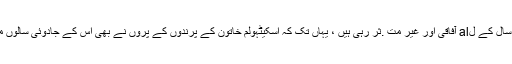
شمعونیت کی روایات اور علامت ہزاروں سال کے لal آفاقی اور غیر مت .ثر رہی ہیں ، یہاں تک کہ اسکیٹہولم خاتون کے پرندوں کے پروں نے بھی اس کے جادوئی سالوں میں مدد مل سکتی ہے ، بشمول آخری بھی۔